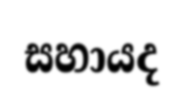
සහායද